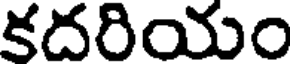
కదరియం